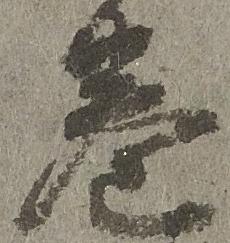
巻